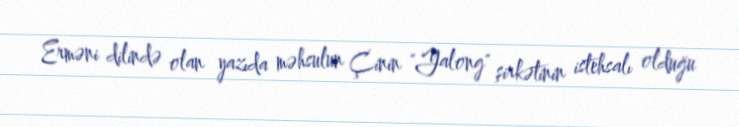
Erməni dilində olan yazıda məhsulun Çinin "Yalong" şirkətinin istehsalı olduğu